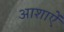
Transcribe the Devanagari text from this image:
आशाऐं